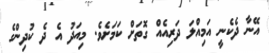
އޭނާ ދެކެނީ އަމިއްލަ ދަރިއެެއް ގޮތަށް ކަމަށެެވެ. މިއަދު އެ ދެ ކުދިންގެ